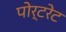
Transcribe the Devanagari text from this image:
पोर्टरेट